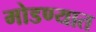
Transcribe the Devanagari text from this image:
मोडण्यात